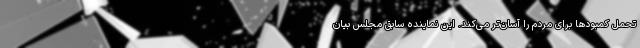
تحمل کمبودها برای مردم را آسان‌تر می‌کند. این نماینده سابق مجلس بیان